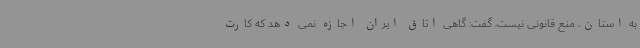
به استان، منع قانونی نیست، گفت: گاهی اتاق ایران اجازه نمی دهد که کارت